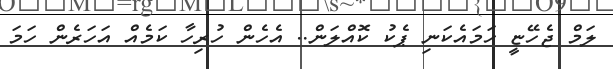
ލަމް ޖެހޭޏީ ހަމައެކަނި ޕެކު ކޮއްލަން.. އެހެން ހުރިހާ ކަމެއް އަހަރެން ހަމަ